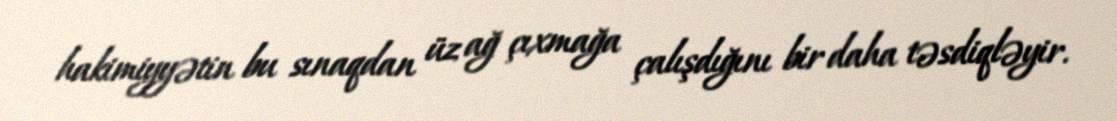
hakimiyyətin bu sınaqdan üz ağ çıxmağa çalışdığını bir daha təsdiqləyir.